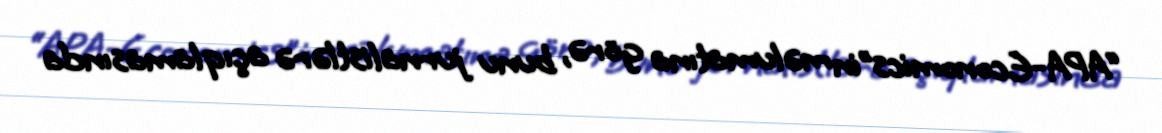
“APA-Economics”in məlumatına görə, bunu jurnalistlərə açıqlamasında